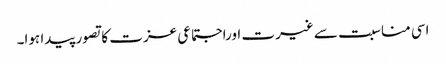
اسی مناسبت سے غیرت اوراجتماعی عزت کا تصور پیدا ہوا۔